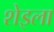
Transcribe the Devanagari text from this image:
शेइला